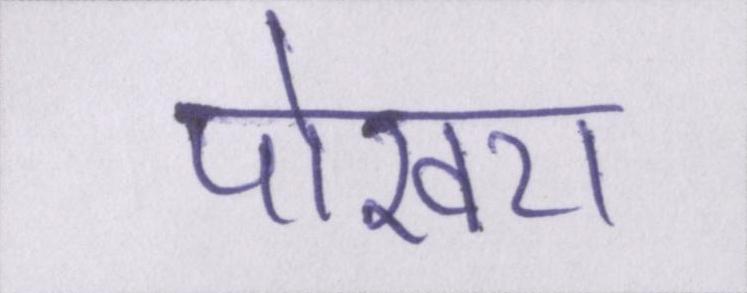
पोखरा